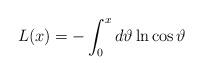
LaTeX: \begin{align*}L ( x ) = - \int_0^{x} d \vartheta \ln \cos \vartheta \end{align*}